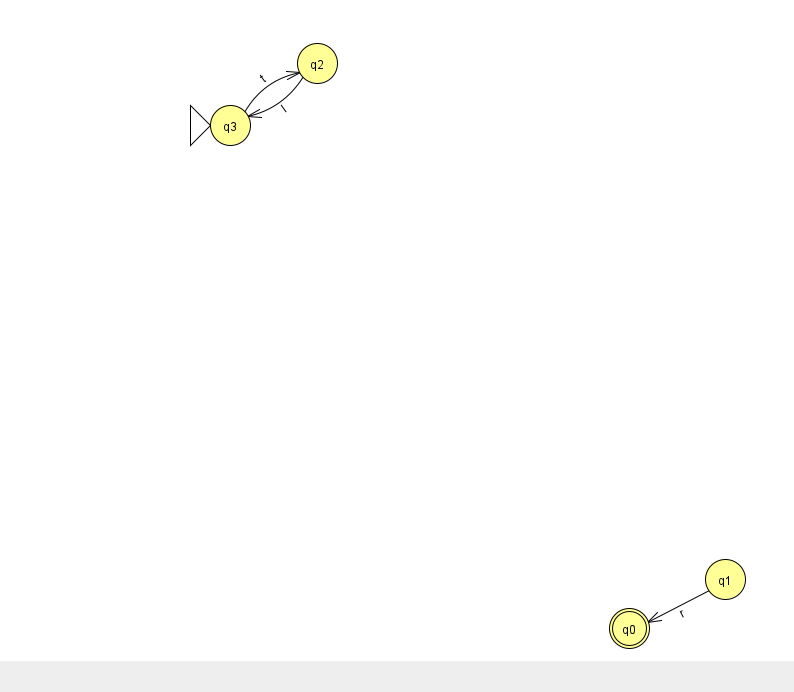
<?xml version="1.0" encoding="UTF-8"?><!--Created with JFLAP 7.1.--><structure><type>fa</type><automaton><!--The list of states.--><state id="0" name="q0"><x>629.0</x><y>615.0</y><final/></state><state id="1" name="q1"><x>725.0</x><y>566.0</y></state><state id="2" name="q2"><x>317.0</x><y>50.0</y></state><state id="3" name="q3"><x>230.0</x><y>112.0</y><initial/></state><!--The list of transitions.--><transition><from>1</from><to>0</to><read>r</read></transition><transition><from>2</from><to>3</to><read>l</read></transition><transition><from>3</from><to>2</to><read>t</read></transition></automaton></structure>